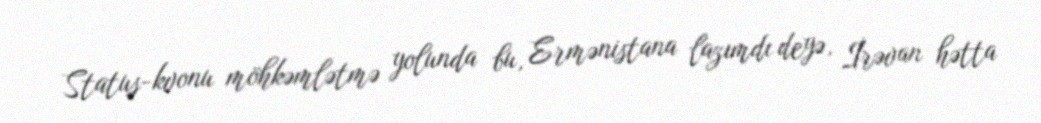
Status-kvonu möhkəmlətmə yolunda bu, Ermənistana lazımdı deyə, İrəvan hətta